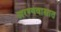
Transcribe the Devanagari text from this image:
अरण्यवासात